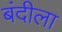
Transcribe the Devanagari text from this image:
बंदीला